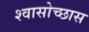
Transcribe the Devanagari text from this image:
श्वासोच्छास